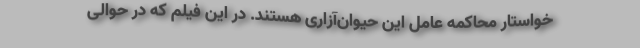
خواستار محاکمه عامل این حیوان‌آزاری هستند. در این فیلم که در حوالی